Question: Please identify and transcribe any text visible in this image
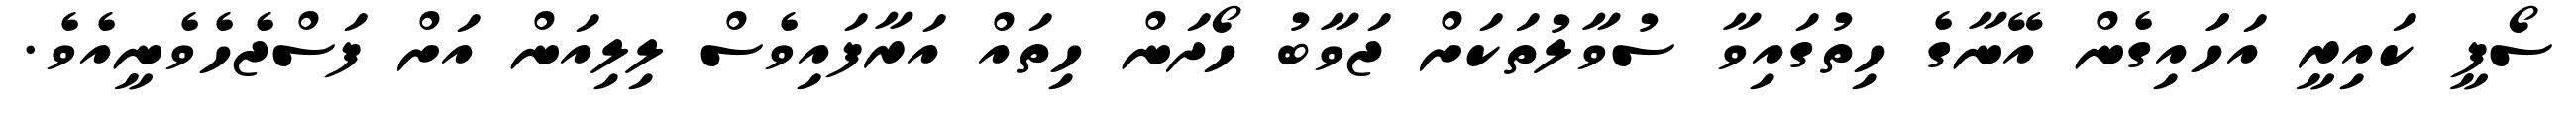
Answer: ސޯފީ ކައިރީ އަހަައިގެން އޭނާގެ ހިތުގައިވާ ސުވާލުތަކަށް ޖަވާބު ހޯދަން ހިތައް އަރާފައިވެސް ލިލިއަން އަށް ފަސްޖެހެވެނީއެވެ.